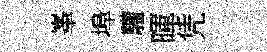
峯埠驩暉凭